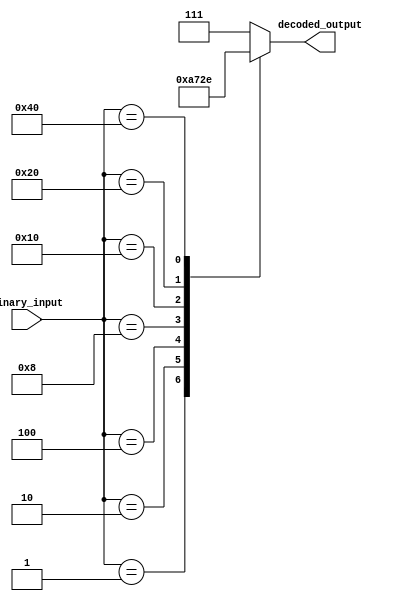
module octal_decoder (
    input [7:0] binary_input,
    output reg [2:0] decoded_output
);

always @* begin
    case(binary_input)
        8'b00000001: decoded_output = 3'b000; // Output 0 is active
        8'b00000010: decoded_output = 3'b001; // Output 1 is active
        8'b00000100: decoded_output = 3'b010; // Output 2 is active
        8'b00001000: decoded_output = 3'b011; // Output 3 is active
        8'b00010000: decoded_output = 3'b100; // Output 4 is active
        8'b00100000: decoded_output = 3'b101; // Output 5 is active
        8'b01000000: decoded_output = 3'b110; // Output 6 is active
        8'b10000000: decoded_output = 3'b111; // Output 7 is active
        default: decoded_output = 3'b111; // All outputs are inactive
    endcase
end

endmodule